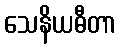
သေနိယဓီတာ